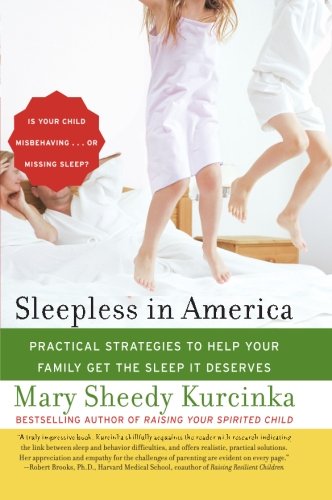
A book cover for Sleepless in America: Is Your Child Misbehaving...or Missing Sleep?; Mary Sheedy Kurcinka; Health, Fitness & Dieting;